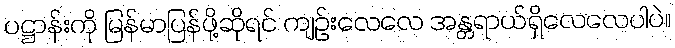
ပဋ္ဌာန်းကို မြန်မာပြန်ဖို့ဆိုရင် ကျဉ်းလေလေ အန္တရာယ်ရှိလေလေပါပဲ။